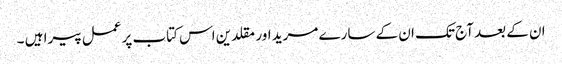
ان کے بعد آج تک ان کے سارے مرید اور مقلدین اس کتاب پر عمل پیرا ہیں ۔